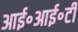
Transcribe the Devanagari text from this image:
आई॰आई॰टी